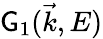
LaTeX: \mathsf{G}_{1}(\vec{{k}},E)